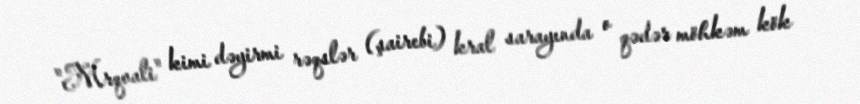
"Mrqvali" kimi dəyirmi rəqslər (şairebi) kral sarayında o qədər möhkəm kök